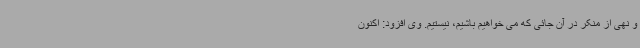
و نهی از منکر در آن جائی که می خواهیم باشیم، نیستیم. وی افزود: اکنون